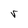
Character: r